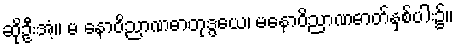
ဆိုဦးအံ့။ မ နောဝိညာဏဓာတုဒွယေ၊ မနောဝိညာဏဓာတ်နှစ်ပါး၌။